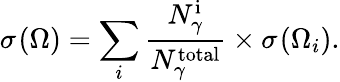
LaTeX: \sigma^{}({\Omega})=\sum_{i}\frac{N_{\gamma}^{\mathrm{i}}}{N_{\gamma}^{\mathrm{total}}}\times\sigma^{}({\Omega}_{i}).